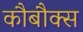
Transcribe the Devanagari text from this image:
कौबौक्स